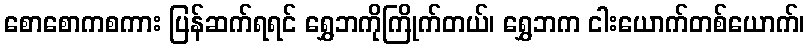
စောစောကစကား ပြန်ဆက်ရရင် ရွှေဘကိုကြိုက်တယ်၊ ရွှေဘက ငါးယောက်တစ်ယောက်၊